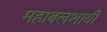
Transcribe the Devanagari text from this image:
महाबलशायी